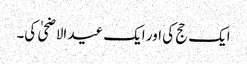
ایک حج کی اور ایک عید الاضحیٰ کی۔